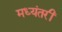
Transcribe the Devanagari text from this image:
मध्यंतरीं